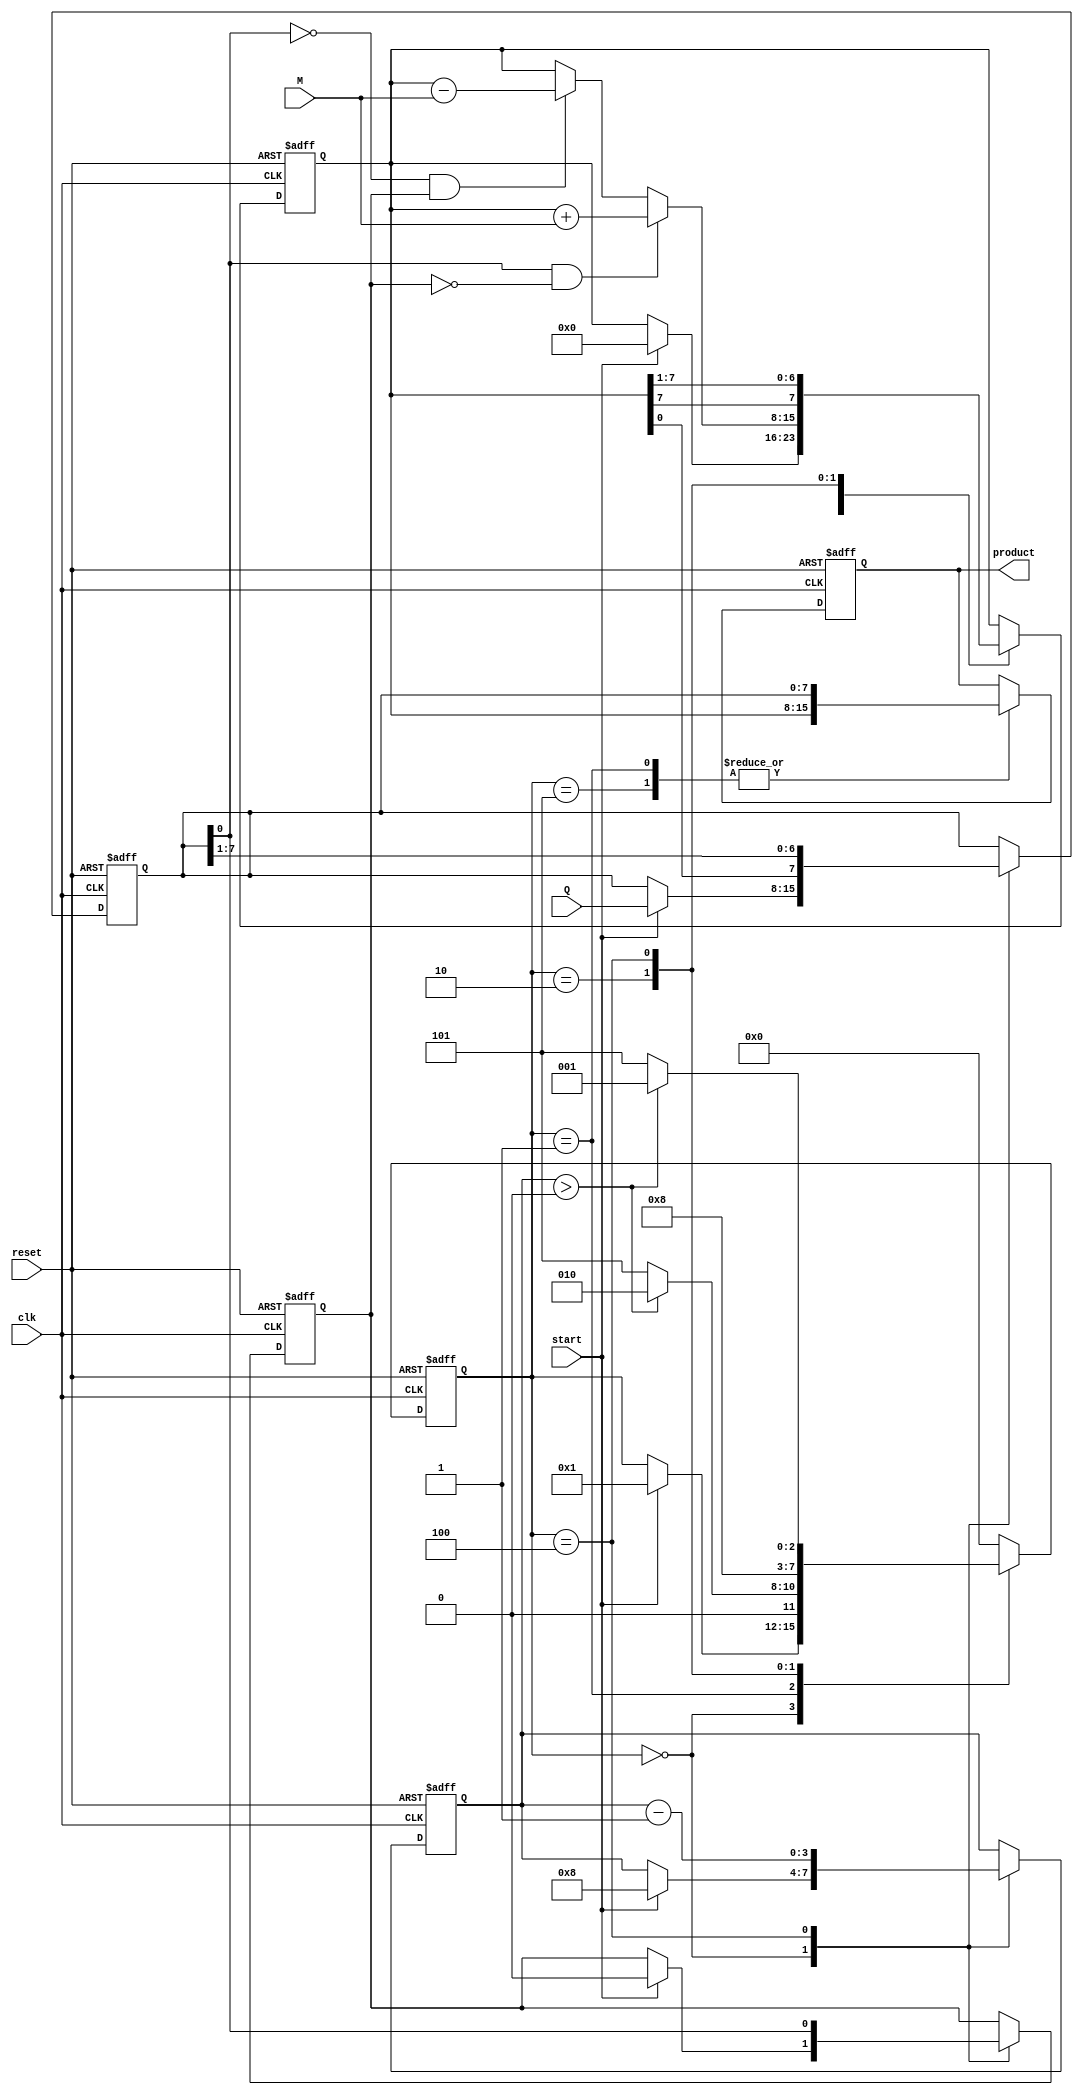
module booth_multiplier #(
    parameter N = 8  // Number of bits for multiplicand and multiplier
)(
    input wire [N-1:0] M,          // Multiplicand
    input wire [N-1:0] Q,          // Multiplier
    input wire start,              // Start signal
    input wire clk,                // Clock signal
    input wire reset,              // Reset signal
    output reg [2*N-1:0] product   // Output product
);

    reg [N-1:0] A;                // Accumulator
    reg [N-1:0] Q_reg;            // Multiplier register
    reg Q_1;                      // Previous LSB of Q
    reg [3:0] state;              // State for FSM
    reg [3:0] count;              // Bit counter

    // State definitions
    localparam IDLE    = 4'b0000,
               LOAD    = 4'b0001,
               ADD     = 4'b0010,
               SUBTRACT = 4'b0011,
               SHIFT    = 4'b0100,
               DONE     = 4'b0101;

    // Initialize registers
    always @(posedge clk or posedge reset) begin
        if (reset) begin
            A <= 0;
            Q_reg <= 0;
            Q_1 <= 0;
            product <= 0;
            state <= IDLE;
            count <= 0;
        end else begin
            case (state)
                IDLE: begin
                    if (start) begin
                        A <= 0;
                        Q_reg <= Q;
                        Q_1 <= 0;
                        count <= N; // Start with N bits
                        state <= LOAD;
                    end
                end

                LOAD: begin
                    // Load the multiplicand into A
                    product <= {A, Q_reg};  // Prepare product output
                    state <= (count > 0) ? ADD : DONE;
                end

                ADD: begin
                    // Check the last bits
                    if (Q_reg[0] == 1 && Q_1 == 0) begin
                        A <= A + M;  // Add multiplicand
                    end
                    else if (Q_reg[0] == 0 && Q_1 == 1) begin
                        A <= A - M;  // Subtract multiplicand
                    end
                    // Move to shift state
                    state <= SHIFT;
                end

                SHIFT: begin
                    // Perform arithmetic right shift
                    {A, Q_reg} <= {A[N-1], A, Q_reg} >> 1; // Right arithmetic shift
                    Q_1 <= Q_reg[0];  // Update Q-1
                    count <= count - 1; // Decrement bit counter
                    state <= (count > 0) ? LOAD : DONE; // Go to LOAD or DONE
                end

                DONE: begin
                    // Final state, multiplication done
                    product <= {A, Q_reg}; // Update the product
                    state <= IDLE; // Go back to idle
                end

                default: state <= IDLE; // Safety default
            endcase
        end
    end
endmodule